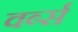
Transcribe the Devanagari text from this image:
वर्ब्स